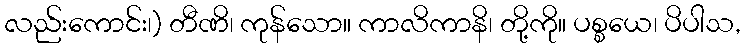
လည်းကောင်း၊) တီဏိ၊ ကုန်သော။ ကာလိကာနိ၊ တို့ကို။ ပစ္စယေ၊ ပိပါသ,